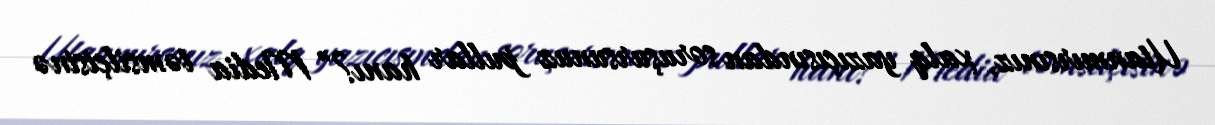
Utanmırsınız, xalq yazıçısından soruşursunuz pullar hanı?” Media təmsilçisinə